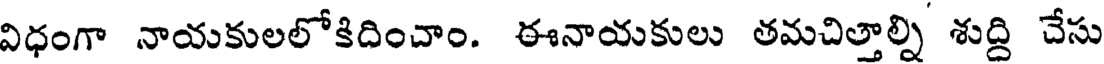
విధంగా నాయకులలోకిదించాం. ఈనాయకులు తమచిత్తాల్ని శుద్ది చేసు